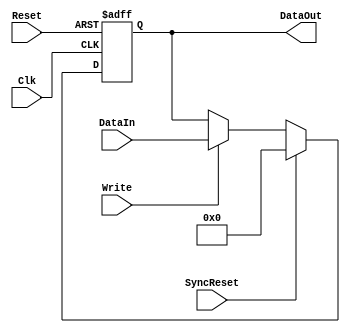
module eth_register(DataIn, DataOut, Write, Clk, Reset, SyncReset);

parameter WIDTH = 8; // default parameter of the register width
parameter RESET_VALUE = 0;

input [WIDTH-1:0] DataIn;

input Write;
input Clk;
input Reset;
input SyncReset;

output [WIDTH-1:0] DataOut;
reg    [WIDTH-1:0] DataOut;



always @ (posedge Clk or posedge Reset)
begin
  if(Reset)
    DataOut<=#1 RESET_VALUE;
  else
  if(SyncReset)
    DataOut<=#1 RESET_VALUE;
  else
  if(Write)                         // write
    DataOut<=#1 DataIn;
end



endmodule